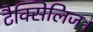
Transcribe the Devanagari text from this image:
टैक्सिलिज।